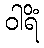
ဝါရိံ